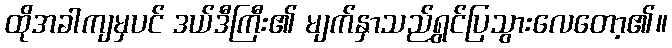
ထိုအခါကျမှပင် ဒယ်ဒီကြီး၏ မျက်နှာသည်ရွှင်ပြသွားလေတော့၏။